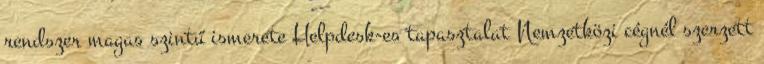
rendszer magas szintű ismerete Helpdesk-es tapasztalat Nemzetközi cégnél szerzett